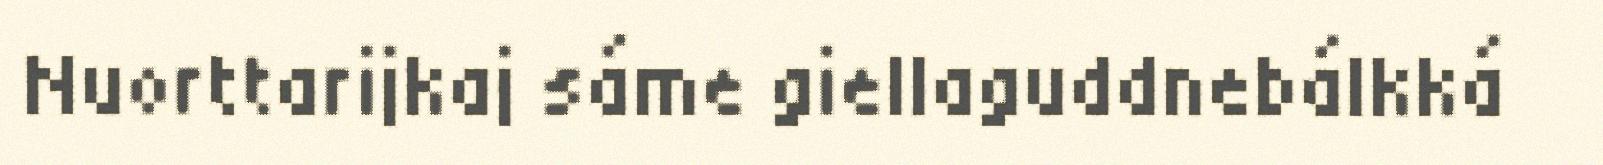
Nuorttarijkaj sáme giellaguddnebálkká